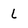
Character: l